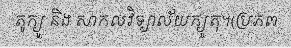
តូក្យូ និង សាកលវិទ្យាល័យក្យូតុ។(ប្រភព